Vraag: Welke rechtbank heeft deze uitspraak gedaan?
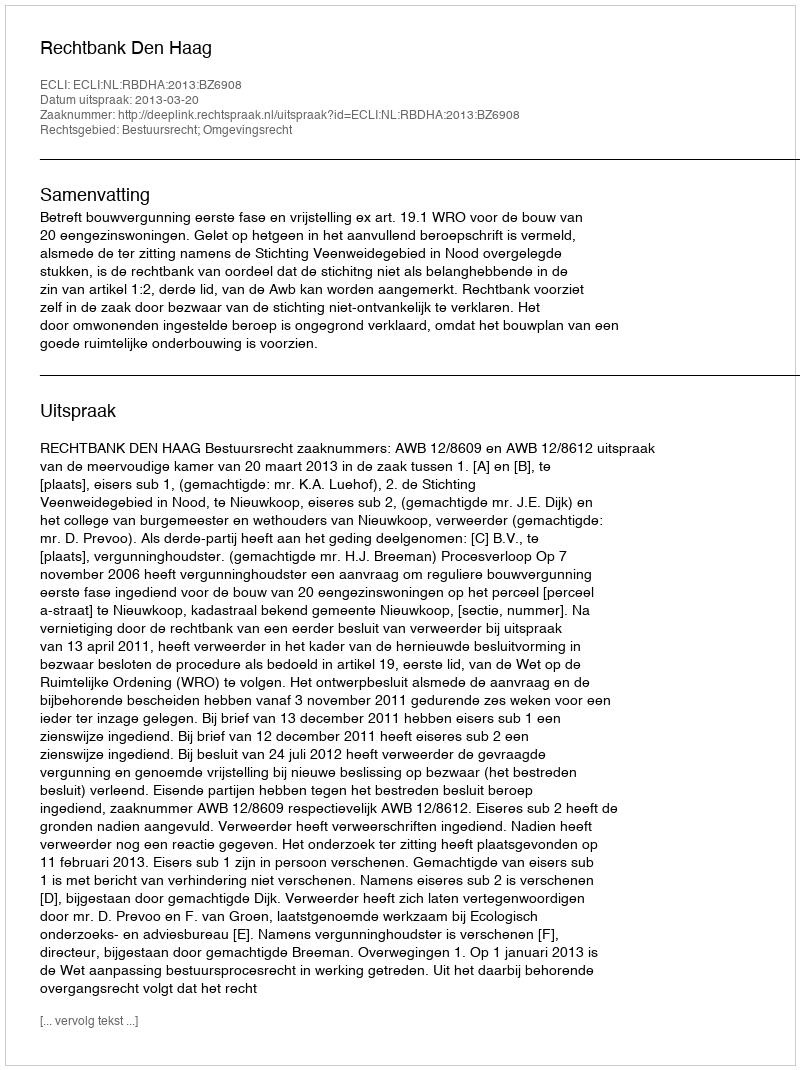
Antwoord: Rechtbank Den Haag